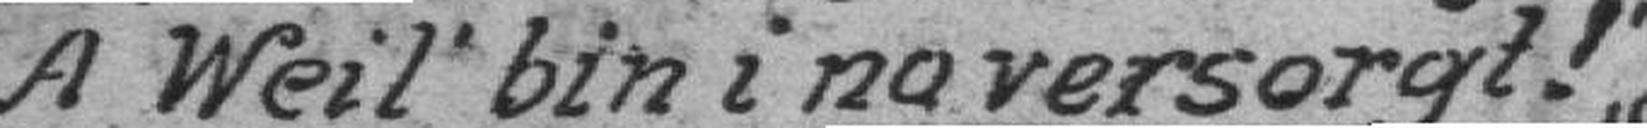
A Weil bin i no versorgt!“